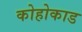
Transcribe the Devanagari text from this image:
कोहोकाड